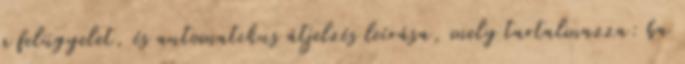
a felügyelet, és automatikus átjelzés leírása, mely tartalmazza: ba